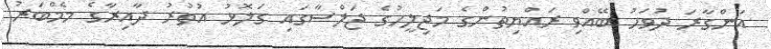
އަންގާރަ ދުވަހު ބޭއްވި ރައްޔިތުންގެ މަޖިލީހުގެ ޖަލްސާގައި ގަލޮޅު އުތުރު ދާއިރާގެ މެމްބަރު